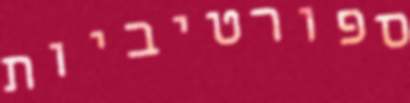
ספורטיביות